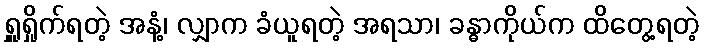
ရှူရှိုက်ရတဲ့ အနံ့၊ လျှာက ခံယူရတဲ့ အရသာ၊ ခန္ဓာကိုယ်က ထိတွေ့ရတဲ့